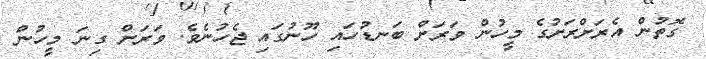
ގޮތުން އެރަށްރަށުގެ މީހުން ވަރަށް ބަނޑުހައި ހޫނުގައި ޖެހުނެވެ. ވަރަށް ގިނަ މީހުން